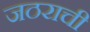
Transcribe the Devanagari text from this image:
जठराची